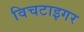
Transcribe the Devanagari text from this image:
विचटाइगर